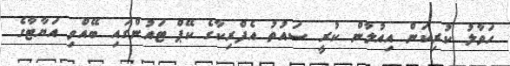
ހަވާލު ކުރިކަން އިއުލާން ކުރީ ސައުތު އެފްރިކާގެ ކޭޕް ޓައުންގައި ބޭއްވި އަޔާޓާގެ